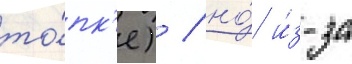
то́пк'е) / но́ и́з-за